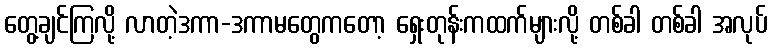
တွေ့ချင်ကြလို့ လာတဲ့ဒကာ-ဒကာမတွေကတော့ ရှေးတုန်းကထက်များလို့ တစ်ခါ တစ်ခါ အလုပ်